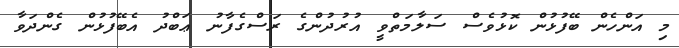
މި އަންހެން ބޭފުޅުން ކޮޅުވެސް ސަލާމަތްވީ އުރުދުންގެ ރަސްގެފާނު ޢަބްދު އެބޭފުޅުން ގެންދަވާ